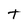
Character: t